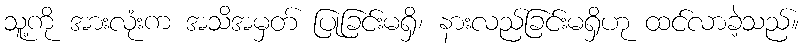
သူ့ကို အားလုံးက အသိအမှတ် ပြုခြင်းမရှိ၊ နားလည်ခြင်းမရှိဟု ထင်လာခဲ့သည်။